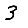
Digit: 3